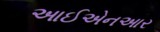
આઈએનઆર